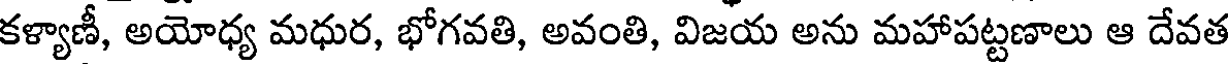
కళ్యాణీ, అయోధ్య మధుర, భోగవతి, అవంతి, విజయ అను మహాపట్టణాలు ఆ దేవత